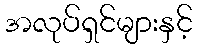
အလုပ်ရှင်များနှင့်